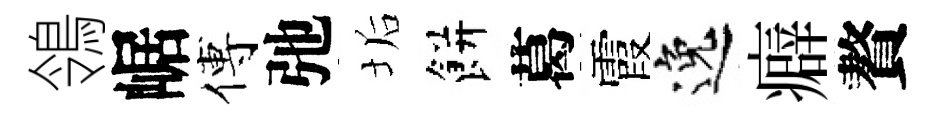
鴒崌傅弛垢餅葛霞逸癖贅